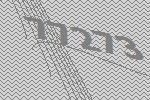
77273